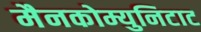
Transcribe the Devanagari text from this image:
मैनकोम्युनिटाट